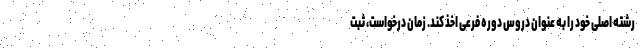
رشته اصلی خود را به عنوان دروس دوره فرعی اخذ کند. زمان درخواست، ثبت